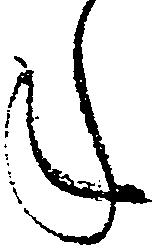
年